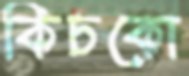
কিচকো